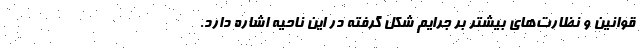
قوانین و نظارت‌های بیشتر بر جرایم شکل گرفته در این ناحیه اشاره دارد.